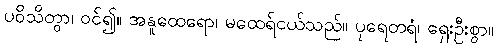
ပဝိသိတွာ၊ ဝင်၍။ အနူထေရော၊ မထေရ်ငယ်သည်။ ပုရေတရံ၊ ရှေးဦးစွာ။